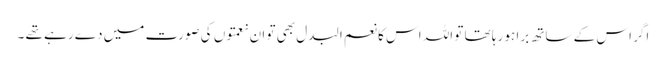
اگر اس کے ساتھ برا ہو رہا تھا تو اللہ اس کا نعم البدل بھی تو ان نعمتوں کی صورت میں دے رہے تھے ۔